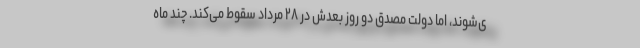
ی‌شوند، اما دولت مصدق دو روز بعدش در ۲۸ مرداد سقوط می‌کند. چند ماه